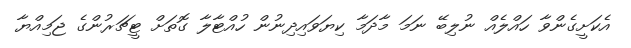
އެކަށީގެންވާ ހައްލެއް ނުލިބޭ ނަމަ މާދަމާ ކިޔަވައިދިނުން ހުއްޓާލާ ގޮތަށް ޓީޗަރުންގެ ޖަމިއްޔާ